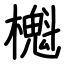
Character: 櫆